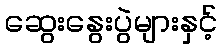
ဆွေးနွေးပွဲများနှင့်